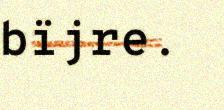
bïjre.